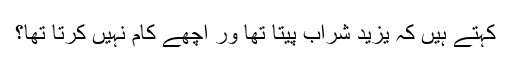
کہتے ہیں کہ یزید شراب پیتا تھا ور اچھے کام نہیں کرتا تھا؟